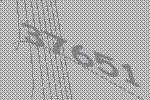
37651